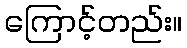
ကြောင့်တည်း။